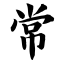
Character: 常